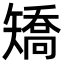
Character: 矯